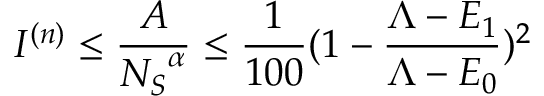
I ^ { ( n ) } \leq \frac { A } { { N _ { S } } ^ { \alpha } } \leq \frac { 1 } { 1 0 0 } ( 1 - \frac { \Lambda - E _ { 1 } } { \Lambda - E _ { 0 } } ) ^ { 2 }